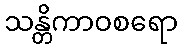
သန္တိကာဝစရော